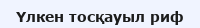
Үлкен тосқауыл риф